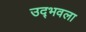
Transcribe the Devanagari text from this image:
उद्‍भवला